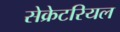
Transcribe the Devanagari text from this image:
सेक्रेटरियल